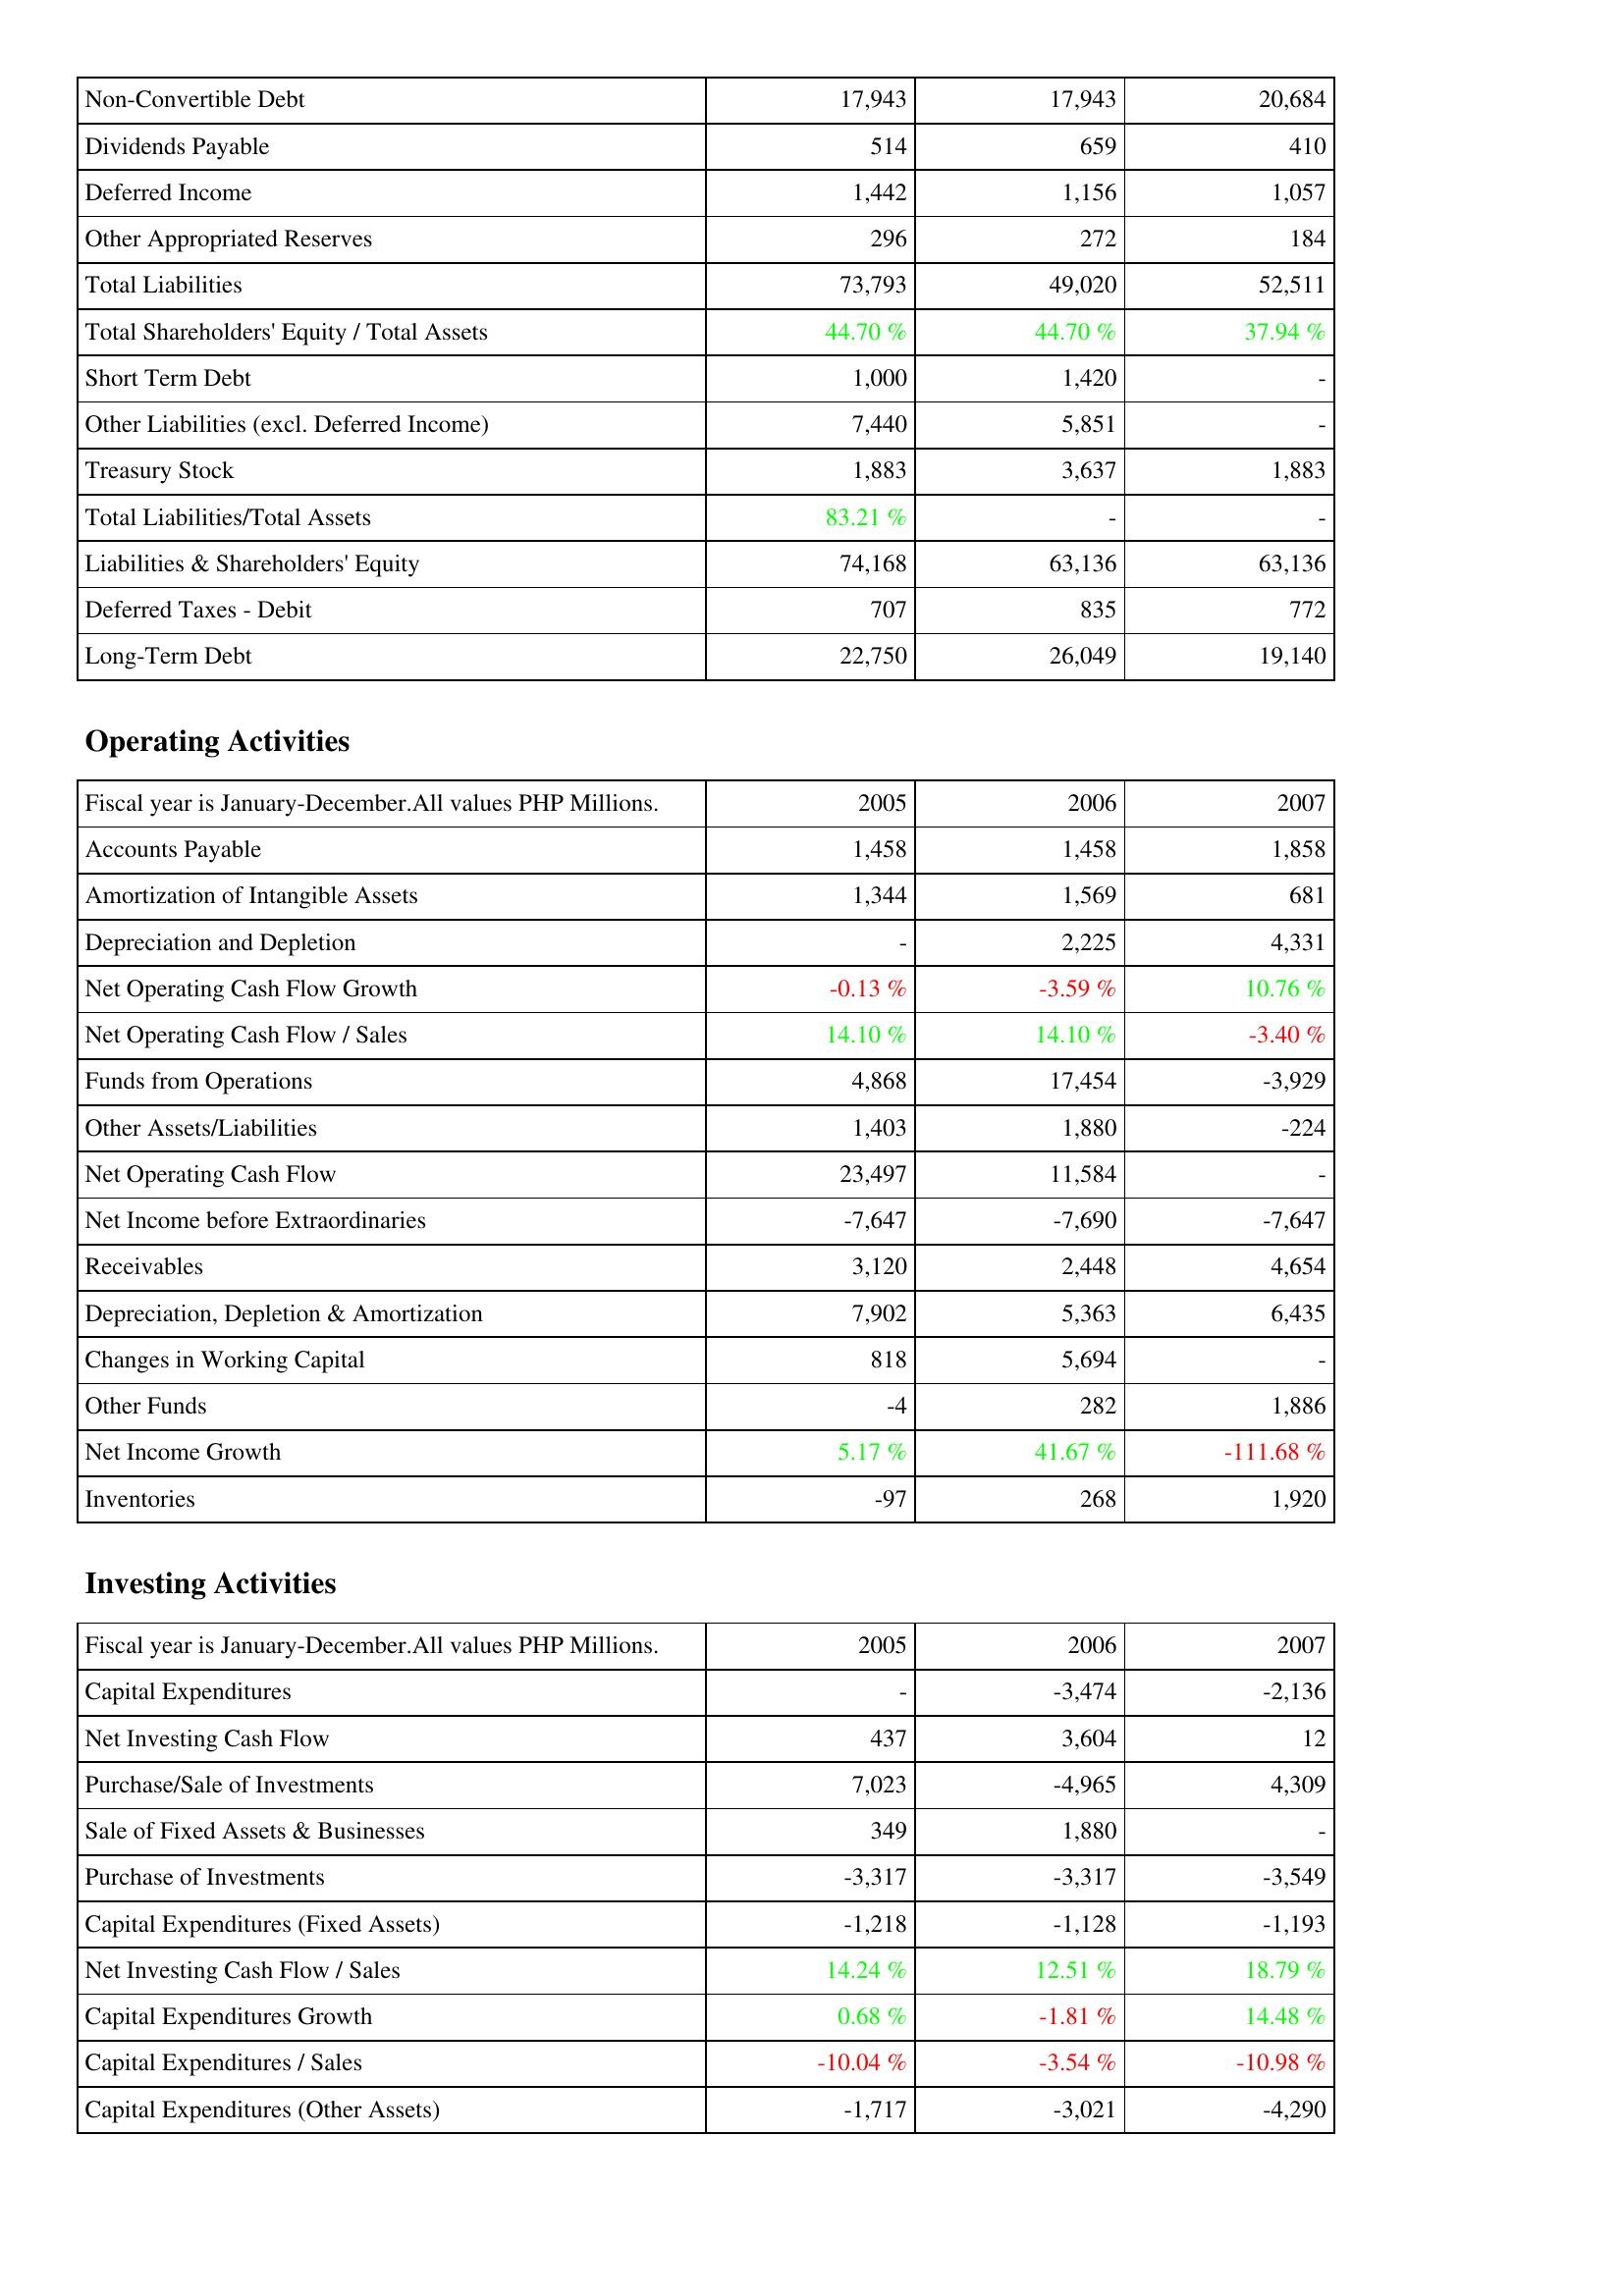
2005: Liabilities & Shareholders' Equity: Non-Convertible Debt: 17,943
Dividends Payable: 514
Deferred Income: 1,442
Other Appropriated Reserves: 296
Total Liabilities: 73,793
Total Shareholders' Equity / Total Assets: 44.70 %
Short Term Debt: 1,000
Other Liabilities (excl. Deferred Income): 7,440
Treasury Stock: 1,883
Total Liabilities/Total Assets: 83.21 %
Liabilities & Shareholders' Equity: 74,168
Deferred Taxes - Debit: 707
Long-Term Debt: 22,750
Operating Activities: Accounts Payable: 1,458
Amortization of Intangible Assets: 1,344
Depreciation and Depletion: -
Net Operating Cash Flow Growth: -0.13 %
Net Operating Cash Flow / Sales: 14.10 %
Funds from Operations: 4,868
Other Assets/Liabilities: 1,403
Net Operating Cash Flow: 23,497
Net Income before Extraordinaries: -7,647
Receivables: 3,120
Depreciation, Depletion & Amortization: 7,902
Changes in Working Capital: 818
Other Funds: -4
Net Income Growth: 5.17 %
Inventories: -97
Investing Activities: Capital Expenditures: -
Net Investing Cash Flow: 437
Purchase/Sale of Investments: 7,023
Sale of Fixed Assets & Businesses: 349
Purchase of Investments: -3,317
Capital Expenditures (Fixed Assets): -1,218
Net Investing Cash Flow / Sales: 14.24 %
Capital Expenditures Growth: 0.68 %
Capital Expenditures / Sales: -10.04 %
Capital Expenditures (Other Assets): -1,717
2006: Liabilities & Shareholders' Equity: Non-Convertible Debt: 17,943
Dividends Payable: 659
Deferred Income: 1,156
Other Appropriated Reserves: 272
Total Liabilities: 49,020
Total Shareholders' Equity / Total Assets: 44.70 %
Short Term Debt: 1,420
Other Liabilities (excl. Deferred Income): 5,851
Treasury Stock: 3,637
Total Liabilities/Total Assets: -
Liabilities & Shareholders' Equity: 63,136
Deferred Taxes - Debit: 835
Long-Term Debt: 26,049
Operating Activities: Accounts Payable: 1,458
Amortization of Intangible Assets: 1,569
Depreciation and Depletion: 2,225
Net Operating Cash Flow Growth: -3.59 %
Net Operating Cash Flow / Sales: 14.10 %
Funds from Operations: 17,454
Other Assets/Liabilities: 1,880
Net Operating Cash Flow: 11,584
Net Income before Extraordinaries: -7,690
Receivables: 2,448
Depreciation, Depletion & Amortization: 5,363
Changes in Working Capital: 5,694
Other Funds: 282
Net Income Growth: 41.67 %
Inventories: 268
Investing Activities: Capital Expenditures: -3,474
Net Investing Cash Flow: 3,604
Purchase/Sale of Investments: -4,965
Sale of Fixed Assets & Businesses: 1,880
Purchase of Investments: -3,317
Capital Expenditures (Fixed Assets): -1,128
Net Investing Cash Flow / Sales: 12.51 %
Capital Expenditures Growth: -1.81 %
Capital Expenditures / Sales: -3.54 %
Capital Expenditures (Other Assets): -3,021
2007: Liabilities & Shareholders' Equity: Non-Convertible Debt: 20,684
Dividends Payable: 410
Deferred Income: 1,057
Other Appropriated Reserves: 184
Total Liabilities: 52,511
Total Shareholders' Equity / Total Assets: 37.94 %
Short Term Debt: -
Other Liabilities (excl. Deferred Income): -
Treasury Stock: 1,883
Total Liabilities/Total Assets: -
Liabilities & Shareholders' Equity: 63,136
Deferred Taxes - Debit: 772
Long-Term Debt: 19,140
Operating Activities: Accounts Payable: 1,858
Amortization of Intangible Assets: 681
Depreciation and Depletion: 4,331
Net Operating Cash Flow Growth: 10.76 %
Net Operating Cash Flow / Sales: -3.40 %
Funds from Operations: -3,929
Other Assets/Liabilities: -224
Net Operating Cash Flow: -
Net Income before Extraordinaries: -7,647
Receivables: 4,654
Depreciation, Depletion & Amortization: 6,435
Changes in Working Capital: -
Other Funds: 1,886
Net Income Growth: -111.68 %
Inventories: 1,920
Investing Activities: Capital Expenditures: -2,136
Net Investing Cash Flow: 12
Purchase/Sale of Investments: 4,309
Sale of Fixed Assets & Businesses: -
Purchase of Investments: -3,549
Capital Expenditures (Fixed Assets): -1,193
Net Investing Cash Flow / Sales: 18.79 %
Capital Expenditures Growth: 14.48 %
Capital Expenditures / Sales: -10.98 %
Capital Expenditures (Other Assets): -4,290